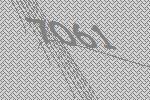
7061